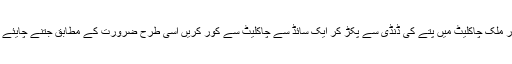
جب میلٹ ہو کر سموتھ ہو تو اپنے پسند کے پتے دھو کر ڈرائی کر لیں اور ملک چاکلیٹ میں پتے کی ڈنڈی سے پکڑ کر ایک سائڈ سے چاکلیٹ سے کور کریں اسی طرح ضرورت کے مطابق جتنے چایئے ڈپ کر کے پلیٹ میں رکھتے جائیں اور پھر فریزر میں جمنے رکھ دیں ۔